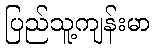
ပြည်သူ့ကျန်းမာ